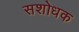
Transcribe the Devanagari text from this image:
सशोधक